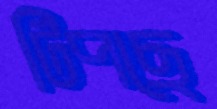
টিপছে